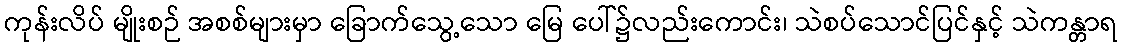
ကုန်းလိပ် မျိုးစဉ် အစစ်များမှာ ခြောက်သွေ့သော မြေ ပေါ်၌လည်းကောင်း၊ သဲစပ်သောင်ပြင်နှင့် သဲကန္တာရ